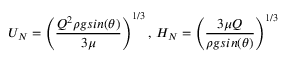
U _ { N } = \left( \frac { Q ^ { 2 } \rho g s i n ( \theta ) } { 3 \mu } \right) ^ { 1 / 3 } , \, H _ { N } = \left( \frac { 3 \mu Q } { \rho g s i n ( \theta ) } \right) ^ { 1 / 3 }